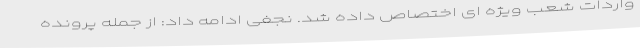
واردات شعب ویژه ای اختصاص داده شد. نجفی ادامه داد: از جمله پرونده